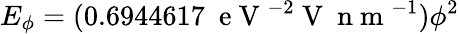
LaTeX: E_{\phi}=(0.6944617~\mathrm{~e~V~}^{-2}\mathrm{~V~}\mathrm{~n~m~}^{-1})\phi^{2}